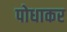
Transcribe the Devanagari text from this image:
पोधाकर